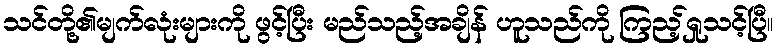
သင်တို့၏မျက်လုံးများကို ဖွင့်ပြီး မည်သည့်အချိန် ဟူသည်ကို ကြည့်ရှုသင့်ပြီ။